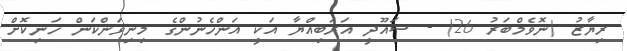
ރިޔާޒު (ނޮވެމްބަރު 26) - ސައޫދީ އަރަބިއްޔާ އަކީ އަންހެނުންގެ މިނިވަންކަން ހަނިކޮށް